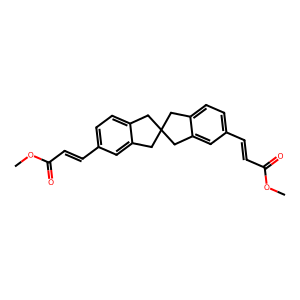
SMILES: COC(=O)C=Cc1ccc2c(c1)CC1(C2)Cc2ccc(C=CC(=O)OC)cc2C1
Inhibits HIV replication: No